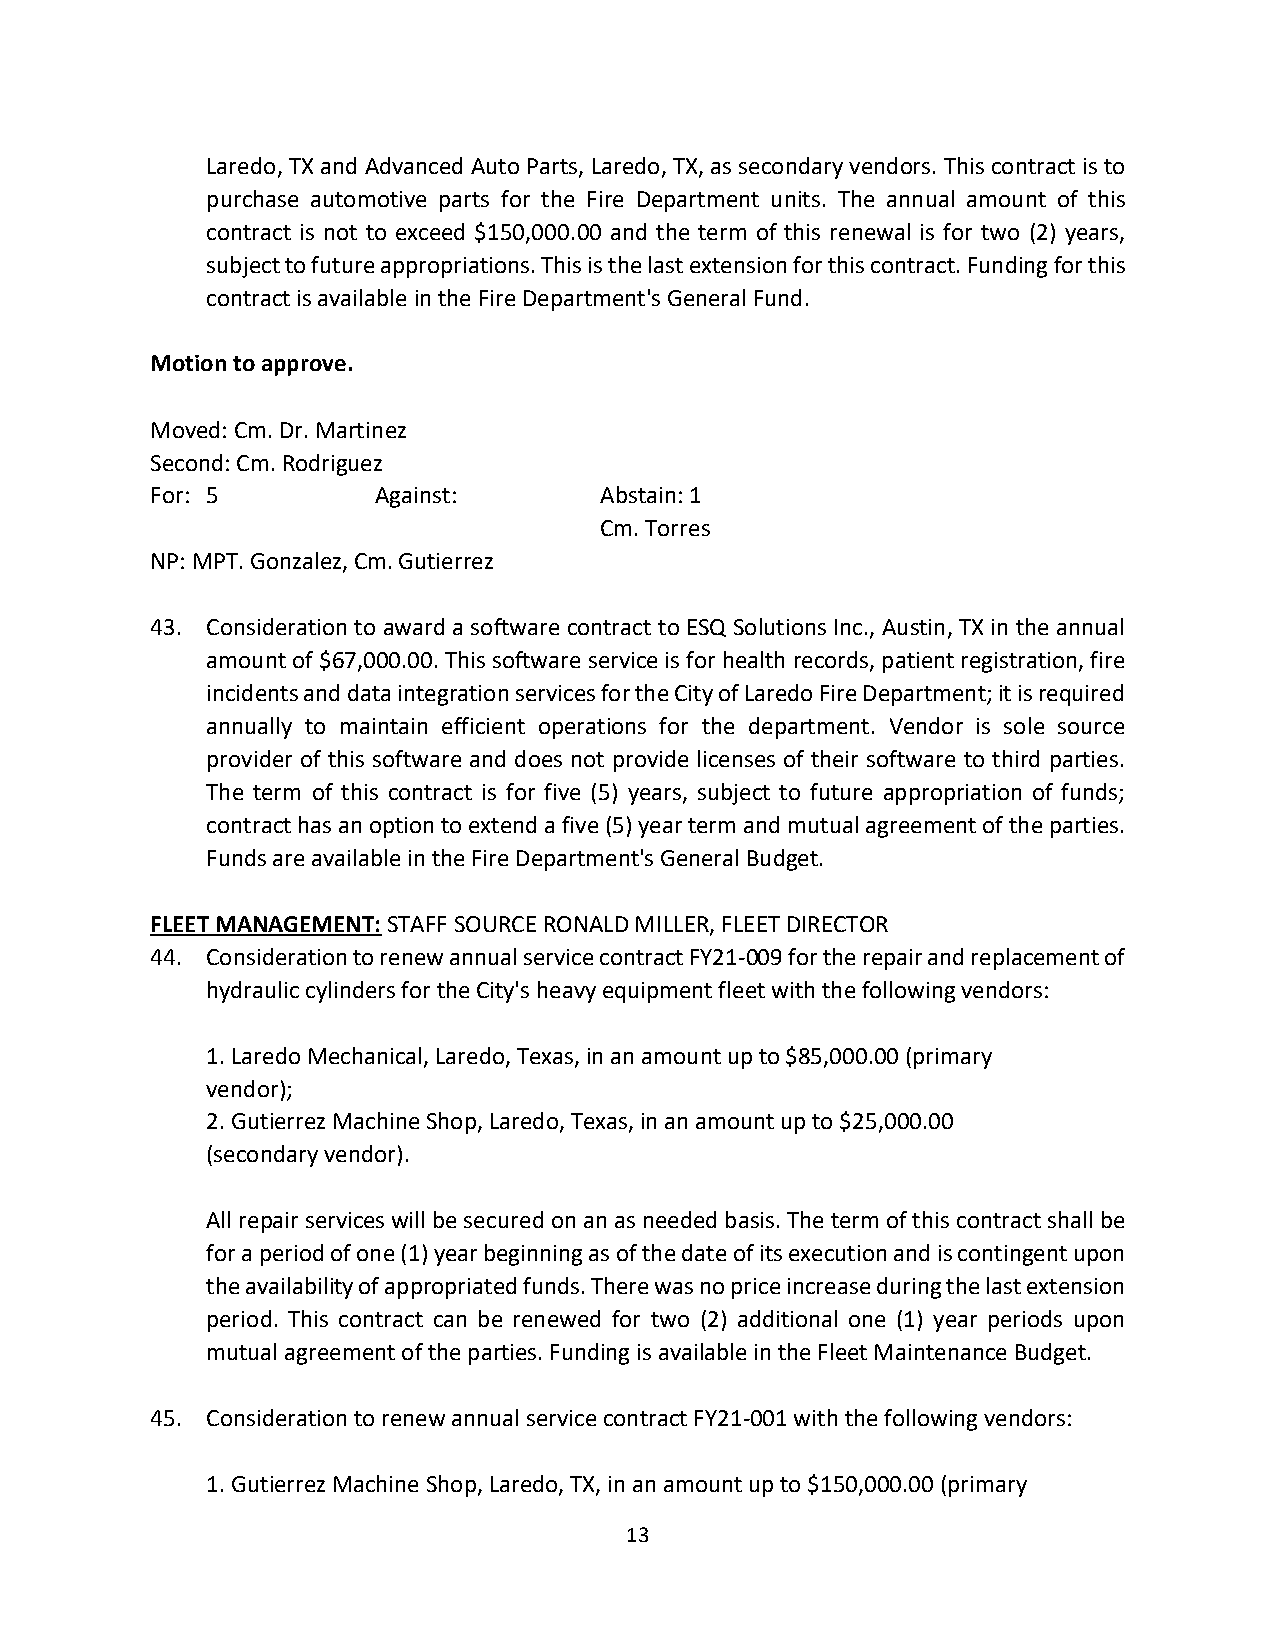
Laredo, TX and Advanced Auto Parts, Laredo, TX, as secondary vendors. This contract is to
 purchase automotive parts for the Fire Department units. The annual amount of this
 contract is not to exceed $150,000.00 and the term of this renewal is for two (2) years,
 subject to future appropriations. This is the last extension for this contract. Funding for this
 contract is available in the Fire Department's General Fund.
 Motion to approve.
 Moved: Cm. Dr. Martinez
 Second: Cm. Rodriguez
 For: 5         Against:       Abstain: 1
 Cm. Torres
 NP: MPT. Gonzalez, Cm. Gutierrez
 43. Consideration to award a software contract to ESQ Solutions Inc., Austin, TX in the annual
 amount of $67,000.00. This software service is for health records, patient registration, fire
 incidents and data integration services for the City of Laredo Fire Department; it is required
 annually to maintain efficient operations for the department. Vendor is sole source
 provider of this software and does not provide licenses of their software to third parties.
 The term of this contract is for five (5) years, subject to future appropriation of funds;
 contract has an option to extend a five (5) year term and mutual agreement of the parties.
 Funds are available in the Fire Department's General Budget.
 FLEET MANAGEMENT: STAFF SOURCE RONALD MILLER, FLEET DIRECTOR
 44. Consideration to renew annual service contract FY21-009 for the repair and replacement of
 hydraulic cylinders for the City's heavy equipment fleet with the following vendors:
 1.Laredo Mechanical, Laredo, Texas, in an amount up to $85,000.00 (primary
 vendor);
 2.Gutierrez Machine Shop, Laredo, Texas, in an amount up to $25,000.00
 (secondary vendor).
 All repair services will be secured on an as needed basis. The term of this contract shall be
 for a period of one (1) year beginning as of the date of its execution and is contingent upon
 the availability of appropriated funds. There was no price increase during the last extension
 period. This contract can be renewed for two (2) additional one (1) year periods upon
 mutual agreement of the parties. Funding is available in the Fleet Maintenance Budget.
 45. Consideration to renew annual service contract FY21-001 with the following vendors:
 1.Gutierrez Machine Shop, Laredo, TX, in an amount up to $150,000.00 (primary
 13